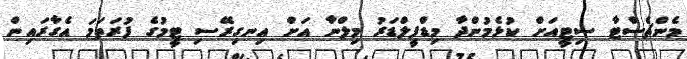
މެންޗެސްޓާ ސިޓީއަށް ކުޅެމުންދާ މިޑްފީލްޑަރު މިލްނާ އަށް އިނގިރޭސި ޓީމުގެ ފުރަތަމަ އެގާރައިން